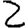
Digit: 2